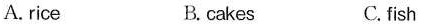
A. rice B. cakes C. fish